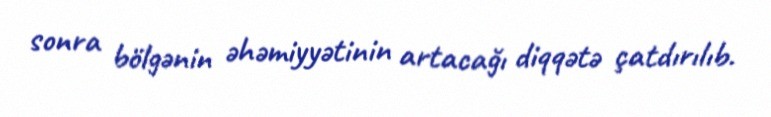
sonra bölgənin əhəmiyyətinin artacağı diqqətə çatdırılıb.